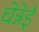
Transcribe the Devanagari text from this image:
चेन्नेई